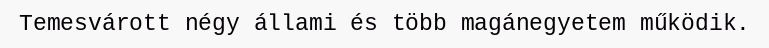
Temesvárott négy állami és több magánegyetem működik.